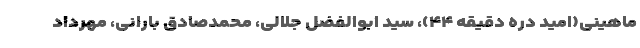
ماهینی(امید دره دقیقه ۴۴)، سید ابوالفضل جلالی، محمدصادق بارانی، مهرداد